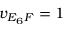
v _ { E _ { 6 } F } = 1